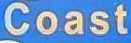
Coast